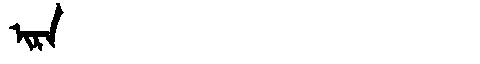
Manchu: ᡳᡵᠠ
Romanization: IRA